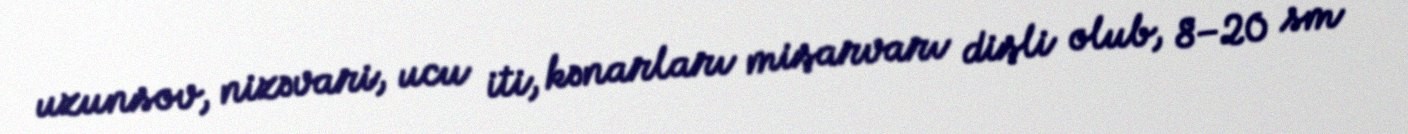
uzunsov, nizəvari, ucu iti, kənarları mişarvarı dişli olub, 8–20 sm